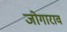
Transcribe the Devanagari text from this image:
जोगाराव